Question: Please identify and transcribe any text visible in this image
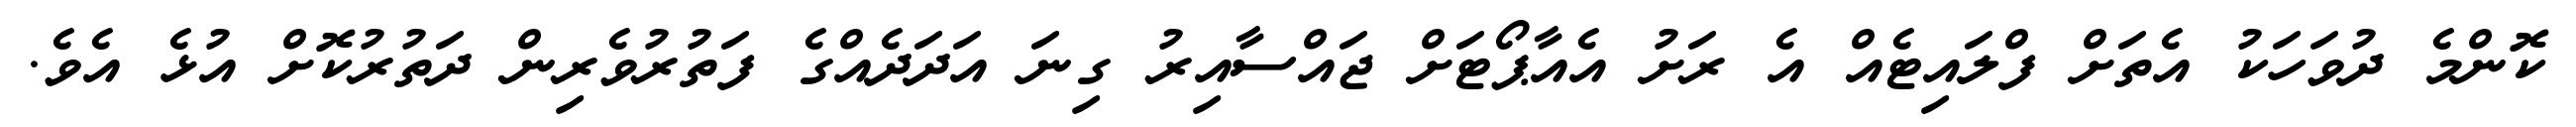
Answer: ކޮންމެ ދުވަހަކު އެތަށް ފްލައިޓެއް އެ ރަށު އެއާޕޯޓަށް ޖައްސާއިރު ގިނަ އަދަދެއްގެ ފަތުރުވެރިން ދަތުރުކޮށް އުޅެ އެވެ.